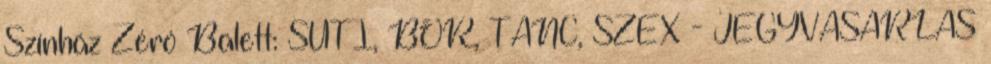
Színház Zéró Balett: SÜTI, BOR, TÁNC, SZEX - JEGYVÁSÁRLÁS